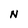
Character: N